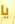
يا